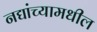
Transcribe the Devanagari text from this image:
नद्यांच्यामधील